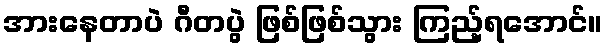
အားနေတာပဲ ဂီတပွဲ ဖြစ်ဖြစ်သွား ကြည့်ရအောင်။